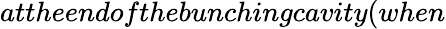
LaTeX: attheendofthebunchingcavity(when